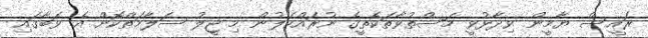
ރައީސް ޔާމީން ވިދާޅުވީ މަސްތުވާތަކެތީގެ ނުރައްކަލުން މި ޖީލު ސަލާމަތްކޮށް އެ ވަބާގައި